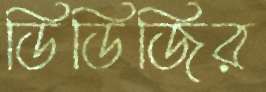
ডিডিজির